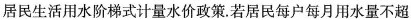
居民生活用水阶梯式计量水价政策。若居民每户每月用水量不超